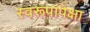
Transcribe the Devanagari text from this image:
स्वरूपांपेक्षा